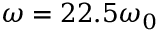
\omega = 2 2 . 5 \omega _ { 0 }